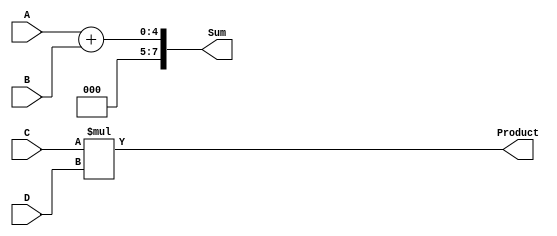
`timescale 1ns / 1ps
//////////////////////////////////////////////////////////////////////////////////
// Company: 
// Engineer: 
// 
// Design Name: 
// Module Name: ADD_MULL
// Project Name: 
// Target Devices: 
// Tool Versions: 
// Description: 
// 
// Dependencies: 
// 
// Revision:
// Revision 0.01 - File Created
// Additional Comments:
// 
//////////////////////////////////////////////////////////////////////////////////


module ADD_MULL(A,B,C,D,Sum,Product);
 parameter size_add = 4;
 parameter size_mul = 4;
input [size_add -1 :0] A,B; 
input [size_mul -1 :0] C,D;
output [size_add*2 -1 :0] Sum; 
output [size_mul*2 -1 :0] Product;

assign Sum = A+B; 
assign Product = C*D;

endmodule